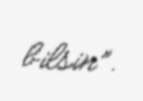
bilsin”.